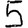
Digit: 5